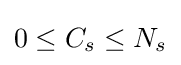
0\leq C_{s}\leq N_{s}